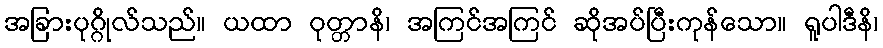
အခြားပုဂ္ဂိုလ်သည်။ ယထာ ဝုတ္တာနိ၊ အကြင်အကြင် ဆိုအပ်ပြီးကုန်သော။ ရူပါဒီနိ၊